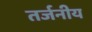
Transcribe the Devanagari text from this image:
तर्जनीय